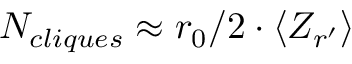
N _ { c l i q u e s } \approx r _ { 0 } / 2 \cdot \langle Z _ { r ^ { \prime } } \rangle